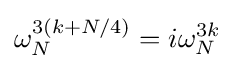
\omega _{N}^{3(k+N/4)}=i\omega _{N}^{3k}